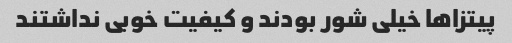
پیتزاها خیلی شور بودند و کیفیت خوبی نداشتند